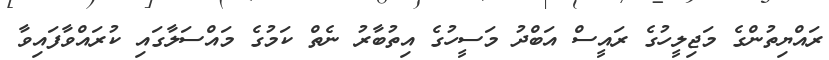
ރައްޔިތުންގެ މަޖިލީހުގެ ރައީސް އަބްދު މަސީހުގެ އިތުބާރު ނެތް ކަމުގެ މައްސަލާގައި ކުރައްވާފައިވާ